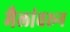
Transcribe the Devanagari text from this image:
मैलांवरून